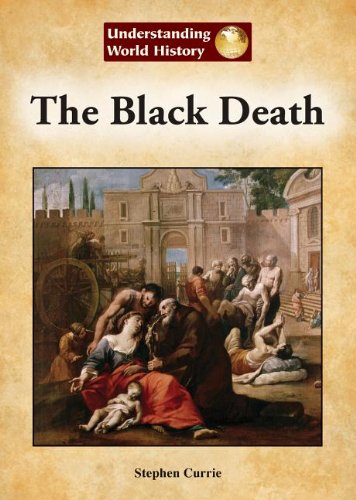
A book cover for The Black Death (Understanding World History); Stephen Currie; Teen & Young Adult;